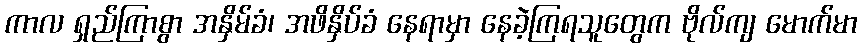
ကာလ ရှည်ကြာစွာ အနှိမ်ခံ၊ အဖိနှိပ်ခံ နေရာမှာ နေခဲ့ကြရသူတွေက ဗိုလ်ကျ မောက်မာ